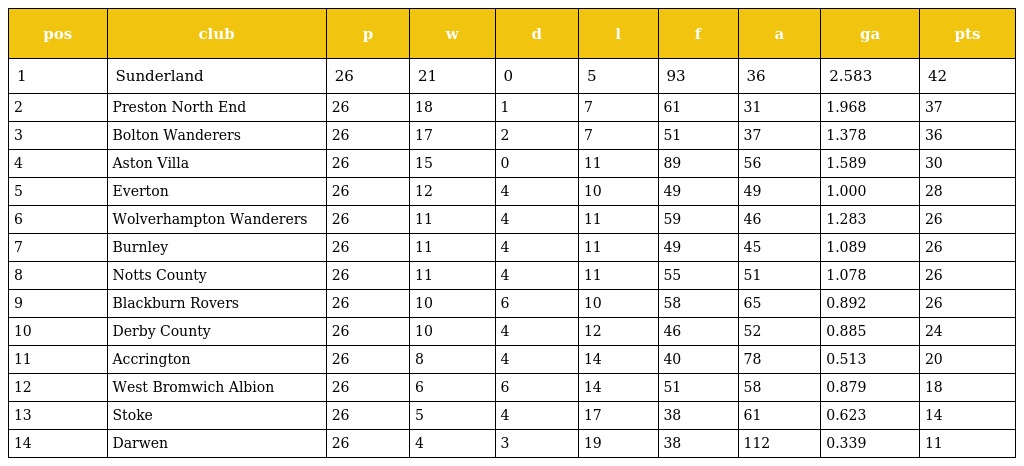
| pos | club | p | w | d | l | f | a | ga | pts |
 | --- | --- | --- | --- | --- | --- | --- | --- | --- | --- |
 | 1 | Sunderland | 26 | 21 | 0 | 5 | 93 | 36 | 2.583 | 42 |
 | 2 | Preston North End | 26 | 18 | 1 | 7 | 61 | 31 | 1.968 | 37 |
 | 3 | Bolton Wanderers | 26 | 17 | 2 | 7 | 51 | 37 | 1.378 | 36 |
 | 4 | Aston Villa | 26 | 15 | 0 | 11 | 89 | 56 | 1.589 | 30 |
 | 5 | Everton | 26 | 12 | 4 | 10 | 49 | 49 | 1.000 | 28 |
 | 6 | Wolverhampton Wanderers | 26 | 11 | 4 | 11 | 59 | 46 | 1.283 | 26 |
 | 7 | Burnley | 26 | 11 | 4 | 11 | 49 | 45 | 1.089 | 26 |
 | 8 | Notts County | 26 | 11 | 4 | 11 | 55 | 51 | 1.078 | 26 |
 | 9 | Blackburn Rovers | 26 | 10 | 6 | 10 | 58 | 65 | 0.892 | 26 |
 | 10 | Derby County | 26 | 10 | 4 | 12 | 46 | 52 | 0.885 | 24 |
 | 11 | Accrington | 26 | 8 | 4 | 14 | 40 | 78 | 0.513 | 20 |
 | 12 | West Bromwich Albion | 26 | 6 | 6 | 14 | 51 | 58 | 0.879 | 18 |
 | 13 | Stoke | 26 | 5 | 4 | 17 | 38 | 61 | 0.623 | 14 |
 | 14 | Darwen | 26 | 4 | 3 | 19 | 38 | 112 | 0.339 | 11 |